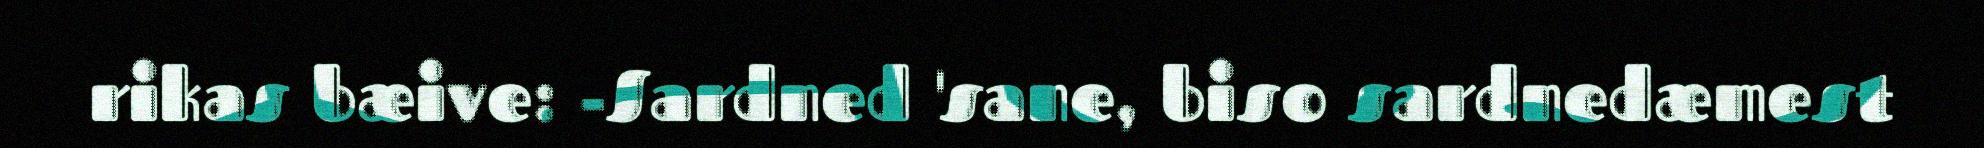
rikas bæive: -Sardned 'sane, biso sardnedæmest